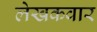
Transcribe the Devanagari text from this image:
लेखकवार